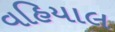
વહિયાલ